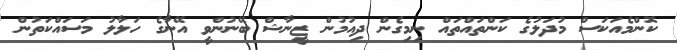
ކޮންމެއަކަސް މުދަލުގެ ކަންތައްތައް ނިމިގެން ދިއުމުން ޒީނާޝް ބޭނުންވީ އޭނާގެ ހަލާލު މަސައްކަތުން